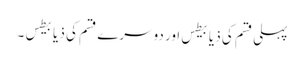
پہلی قسم کی ذیابیطس اور دوسرے قسم کی ذیابیطس ۔